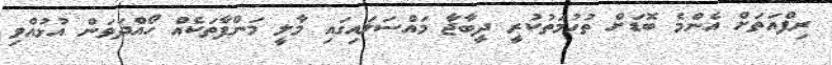
ރިފްއަތަށް އެންމެ ބޮޑަށް ތުހުމަތުކުރީ ދީބާޖާ މައްސަލައިގައި މާލީ މަންފާތަކެއް ހޯއްދަވަން އުޅުއްވި